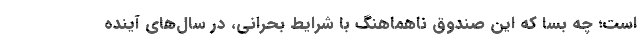
است؛ چه بسا که این صندوق ناهماهنگ با شرایط بحرانی، در سال‌های آینده